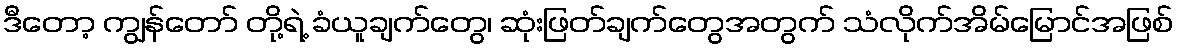
ဒီတော့ ကျွန်တော် တို့ရဲ့ ခံယူချက်တွေ၊ ဆုံးဖြတ်ချက်တွေအတွက် သံလိုက်အိမ်မြောင်အဖြစ်